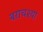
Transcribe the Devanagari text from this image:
बराचश्या